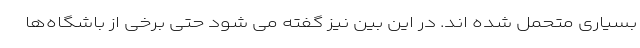
بسیاری متحمل شده اند. در این بین نیز گفته می شود حتی برخی از باشگاه‌ها